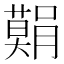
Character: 𮍅